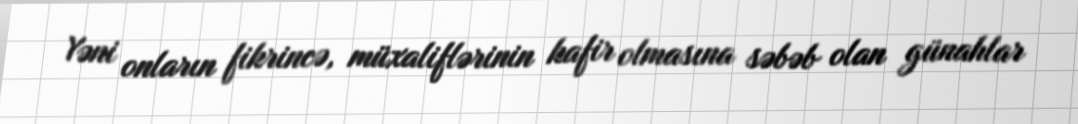
Yəni onların fikrincə, müxaliflərinin kafir olmasına səbəb olan günahlar